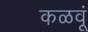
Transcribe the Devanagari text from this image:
कळवूं